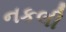
નકલી